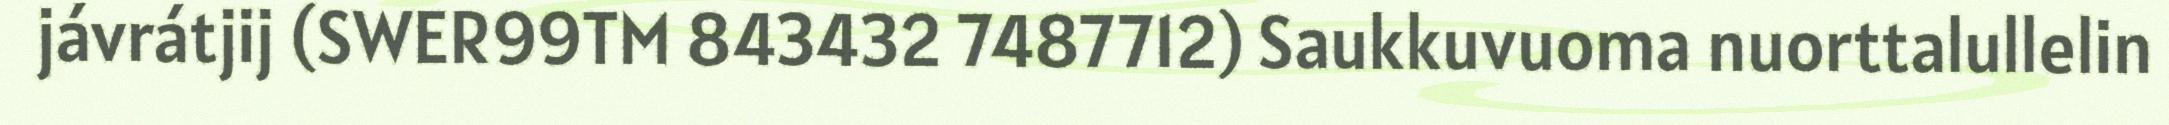
jávrátjij (SWER99TM 843432 7487712) Saukkuvuoma nuorttalullelin